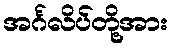
အင်္ဂလိပ်တို့အား